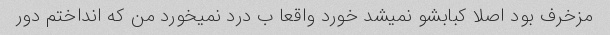
مزخرف بود اصلا کبابشو نمیشد خورد واقعا ب درد نمیخورد من که انداختم دور